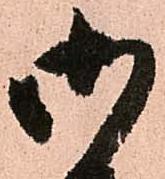
御